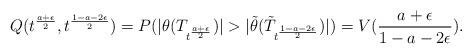
LaTeX: \begin{align*}Q(t^{\frac{a+\epsilon}{2}},t^{\frac{1-a-2\epsilon}{2}} )=P(|\theta(T_{t^{\frac{a+\epsilon}{2}}})|>|\tilde{\theta}(\tilde{T}_{t^{\frac{1-a-2\epsilon}{2}}})|)=V(\frac{a+\epsilon}{1-a-2\epsilon}).\end{align*}